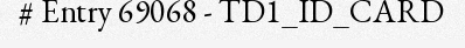
# Entry 69068 - TD1_ID_CARD